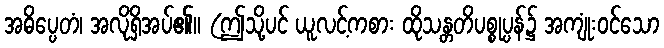
အဓိပ္ပေတံ၊ အလိုရှိအပ်၏။ (ဤသို့ပင် ယူလင့်ကစား ထိုသန္တတိပစ္စုပ္ပန်၌ အကျုံးဝင်သော